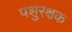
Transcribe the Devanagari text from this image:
पशुरक्षक